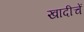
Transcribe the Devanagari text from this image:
खादीचें